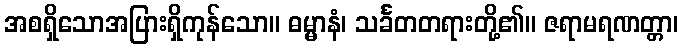
အစရှိသောအပြားရှိကုန်သော။ ဓမ္မာနံ၊ သင်္ခတတရားတို့၏။ ဇရာမရဏတ္တာ၊